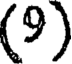
(9)